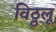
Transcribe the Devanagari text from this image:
विठ्ठलू